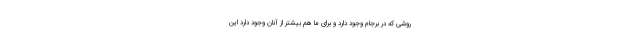
روشی که در برجام وجود دارد و برای ما هم بیشتر از آنان وجود دارد این